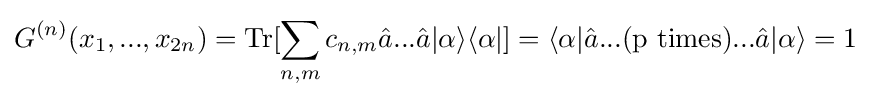
G^{(n)}(x_{1},...,x_{2n})=\mathrm {Tr} [\sum \limits _{n,m}c_{n,m}{\hat {a}}...{\hat {a}}|\alpha \rangle \langle \alpha |]=\langle \alpha |{\hat {a}}...({\text{p times}})...{\hat {a}}|\alpha \rangle =1